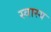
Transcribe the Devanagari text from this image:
स्वास्य